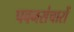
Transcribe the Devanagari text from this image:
पवनसंचारों